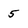
Character: 5